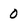
Character: 0